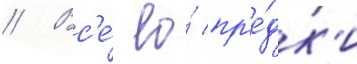
// Вс'е́ ео́ пр'е́дк'и